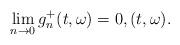
LaTeX: \begin{align*}\lim_{n\rightarrow 0} g_{n}^{+}(t,\omega) = 0 , (t,\omega).\end{align*}